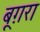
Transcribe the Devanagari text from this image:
बूग़रा